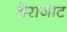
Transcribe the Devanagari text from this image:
डेराजाट